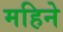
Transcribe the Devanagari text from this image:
महिनेे